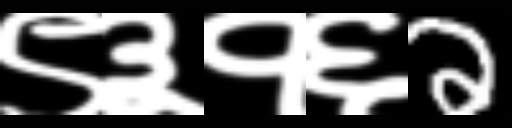
Text: ९३१६2